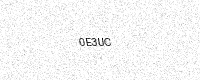
Text: 0E3UC